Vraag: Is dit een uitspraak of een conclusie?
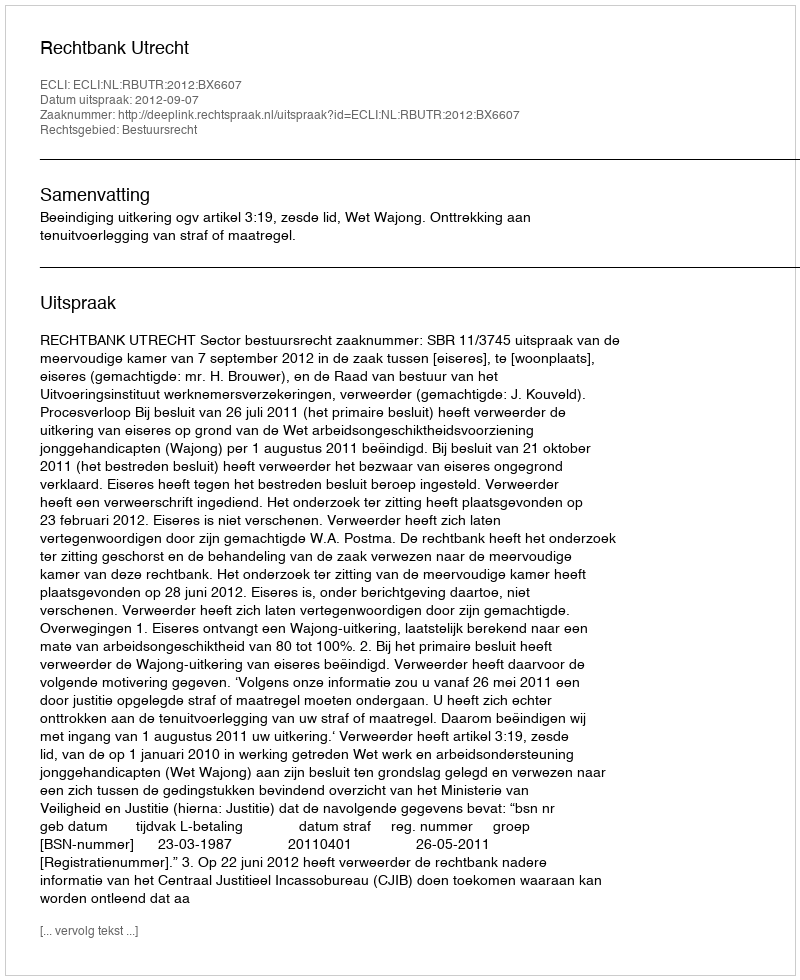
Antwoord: Uitspraak